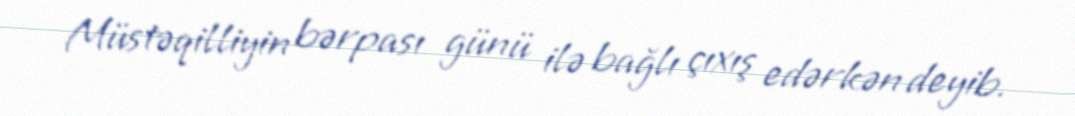
Müstəqilliyin bərpası günü ilə bağlı çıxış edərkən deyib.